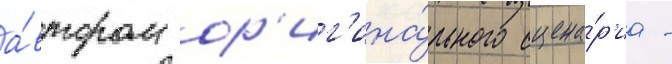
а́втором ор'иг'ина́льного сцена́р'иа -